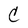
Character: C